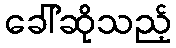
ခေါ်ဆိုသည့်